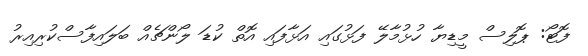
ފޮޓޯ: ޕޮލިސް މީޑިޔާ ހުޅުމާލޭ ފަޅުގައި އަޅާފައި އޮތް ކުޑަ ލޯންޗެއް ބަލައިފާސްކުރިއިރު